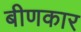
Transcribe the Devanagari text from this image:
बीणकार